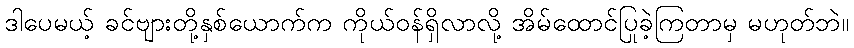
ဒါပေမယ့် ခင်ဗျားတို့နှစ်ယောက်က ကိုယ်ဝန်ရှိလာလို့ အိမ်ထောင်ပြုခဲ့ကြတာမှ မဟုတ်ဘဲ။